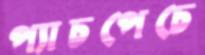
প্যাচপেচে